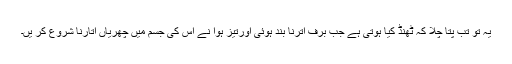
یہ تو تب پتا چلا کہ ٹھنڈ کیا ہوتی ہے جب برف اترنا بند ہوئی اورتیز ہوا نے اس کی جسم میں چھریاں اتارنا شروع کر یں۔